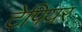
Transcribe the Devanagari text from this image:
टेपियर